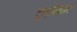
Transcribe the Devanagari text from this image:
ट्राइलोबाइटा